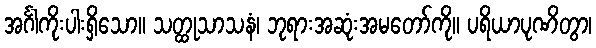
အင်္ဂါကိုးပါးရှိသော။ သတ္ထုသာသနံ၊ ဘုရားအဆုံးအမတော်ကို။ ပရိယာပုဏိတွာ၊